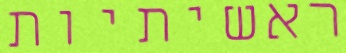
ראשיתיות